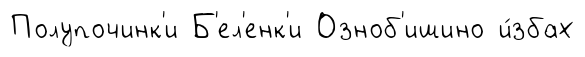
Полупочинк'и Б'ел'енк'и Озноб'ишино и́збах